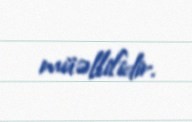
müəllifidir.